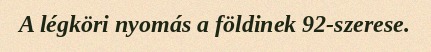
A légköri nyomás a földinek 92-szerese.